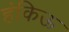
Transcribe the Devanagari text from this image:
हंकिऊ